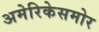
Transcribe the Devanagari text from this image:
अमेरिकेसमोर